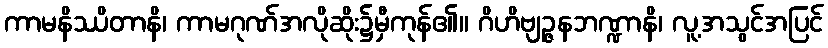
ကာမနိဿိတာနိ၊ ကာမဂုဏ်အလိုဆိုး၌မှီကုန်၏။ ဂိဟိဗျဉ္ဇနဘဏ္ဍာနိ၊ လူ့အသွင်အပြင်